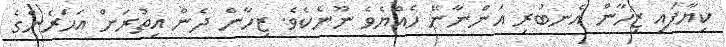
ކިޔާފައި ޒިހާން އެނބުރި އަންނާނޭ ހެއްޔެވެ ނޫނެކެވެ. ޒިހާން ދެން އިތުރަށް އަހަރެންގެ